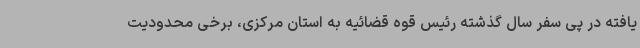
یافته در پی سفر سال گذشته رئیس قوه قضائیه به استان مرکزی، برخی محدودیت